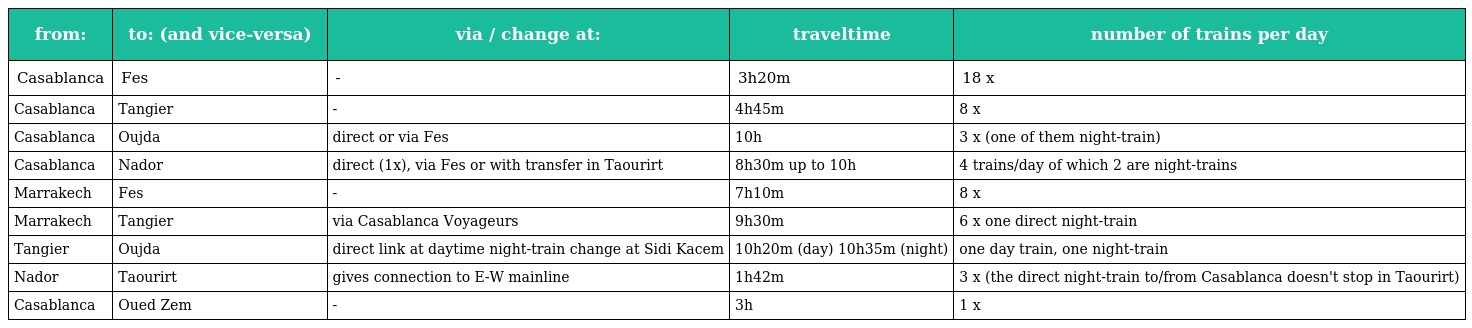
| from: | to: (and vice-versa) | via / change at: | traveltime | number of trains per day |
 | --- | --- | --- | --- | --- |
 | Casablanca | Fes | - | 3h20m | 18 x |
 | Casablanca | Tangier | - | 4h45m | 8 x |
 | Casablanca | Oujda | direct or via Fes | 10h | 3 x (one of them night-train) |
 | Casablanca | Nador | direct (1x), via Fes or with transfer in Taourirt | 8h30m up to 10h | 4 trains/day of which 2 are night-trains |
 | Marrakech | Fes | - | 7h10m | 8 x |
 | Marrakech | Tangier | via Casablanca Voyageurs | 9h30m | 6 x one direct night-train |
 | Tangier | Oujda | direct link at daytime night-train change at Sidi Kacem | 10h20m (day) 10h35m (night) | one day train, one night-train |
 | Nador | Taourirt | gives connection to E-W mainline | 1h42m | 3 x (the direct night-train to/from Casablanca doesn't stop in Taourirt) |
 | Casablanca | Oued Zem | - | 3h | 1 x |